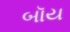
બૉય